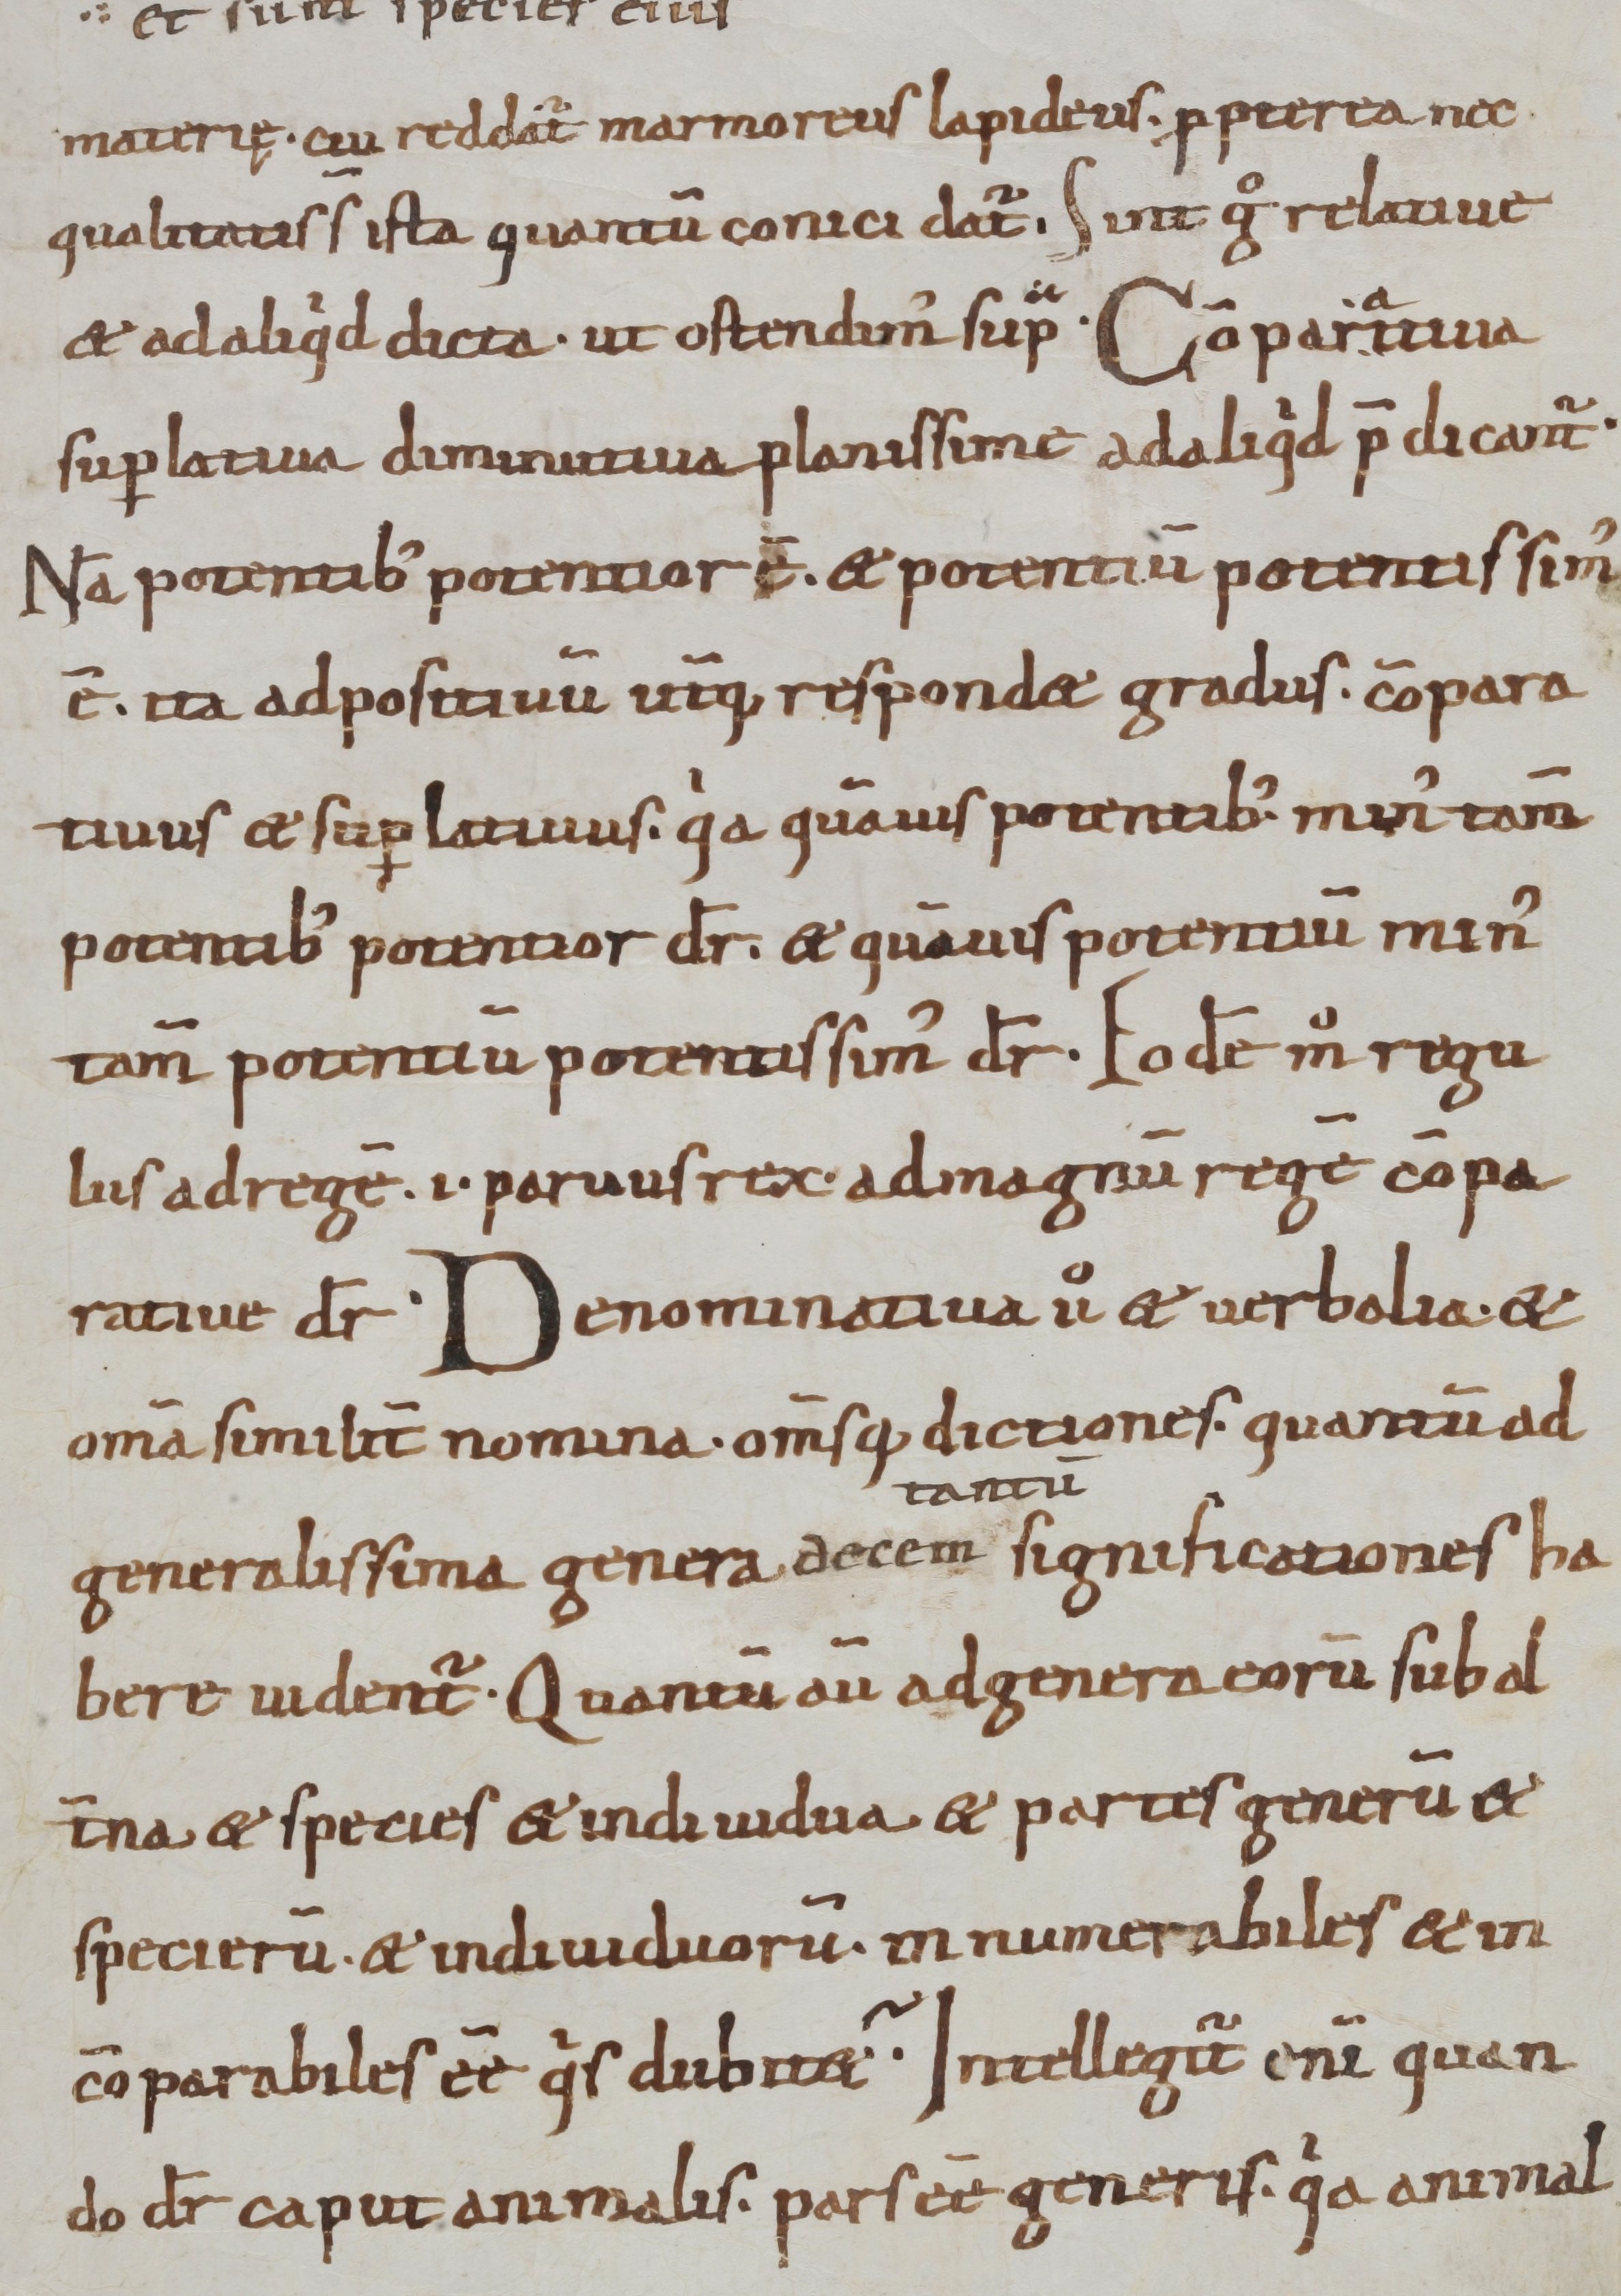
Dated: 800–999